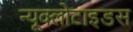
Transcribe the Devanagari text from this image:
न्यूक्लोटाइडस